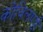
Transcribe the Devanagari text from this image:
कोविलपट्टी